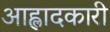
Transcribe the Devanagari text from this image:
आह्लादकारी